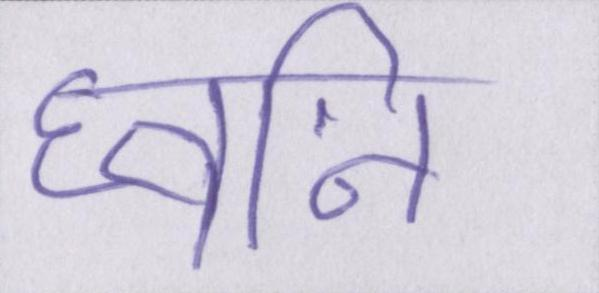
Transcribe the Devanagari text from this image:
घ्वनि